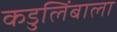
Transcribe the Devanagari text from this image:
कडुलिंबाला